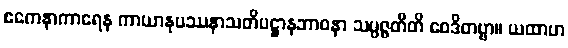
ဧကေနာကာရေန ကာယာနုပဿနာသတိပဋ္ဌာနဘာဝနာ သမ္ပဇ္ဇတီတိ ဝေဒိတဗ္ဗာ။ ယထာဟ